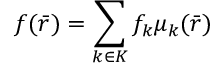
f ( { \bar { r } } ) = \sum _ { k \in K } f _ { k } \mu _ { k } ( { \bar { r } } )